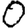
Digit: 0